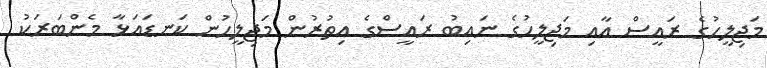
މަޖިލީހުގެ ރައީސް އާއި މަޖިލީހުގެ ނައިބު ރައީސްގެ އިތުރުން މަޖިލީހުން ކަނޑައަޅާ މެންބަރަކު